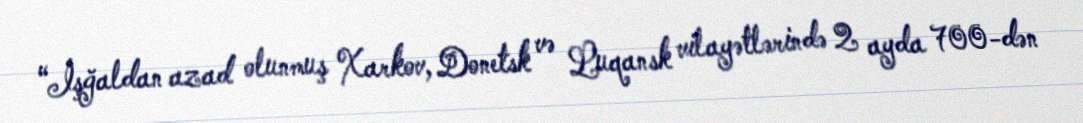
“İşğaldan azad olunmuş Xarkov, Donetsk və Luqansk vilayətlərində 2 ayda 700-dən